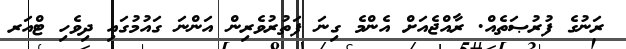
ރަނުގެ ފުރުޞަތެއް. ރާއްޖެއަށް އެންމެ ގިނަ ފަތުރުވެރިން އަންނަ ގައުމުގައި ދިވެހި ޓްއަރ